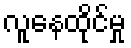
လူနေထိုင်မှု